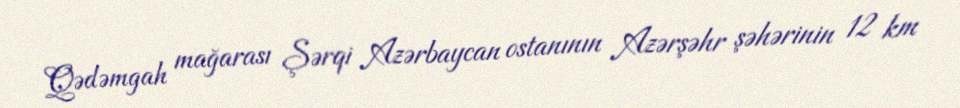
Qədəmgah mağarası Şərqi Azərbaycan ostanının Azərşəhr şəhərinin 12 km